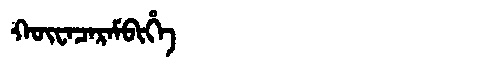
Manchu: ᡴᡡᠸᠠᠴᠠᡵᠠᠮᠪᡳᡥᡝ
Romanization: KŪWACARAMBIHE